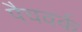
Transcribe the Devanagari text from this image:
पैचवर्क